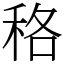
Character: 䅂